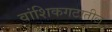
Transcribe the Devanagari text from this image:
वांशिकगटातील